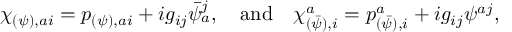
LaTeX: \chi _ { ( \psi ) , a i } = p _ { ( \psi ) , a i } + i g _ { i j } \bar { \psi } _ { a } ^ { j } , \quad \mathrm { a n d } \quad \chi _ { ( \bar { \psi } ) , i } ^ { a } = p _ { ( \bar { \psi } ) , i } ^ { a } + i g _ { i j } \psi ^ { a j } ,